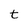
Character: t